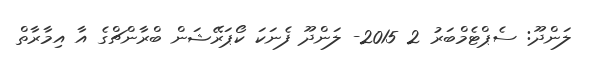
ލަންދޫ: ސެޕްޓެމްބަރު 2 2015- ލަންދޫ ފެނަކަ ކޯޕަރޭޝަން ބްރާންޗްގެ އާ އިމާރާތް